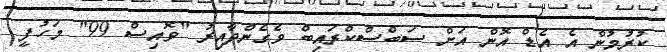
ކުރުމުން އެ އެޑް އޮން އަށް ސަބްސްކްރައިބް ވެގެންދާއިރު "ވޮއިސް 99" މަހުފީ